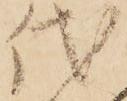
代